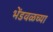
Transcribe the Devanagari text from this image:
भेंडवळच्या